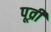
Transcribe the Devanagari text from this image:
पूव्री